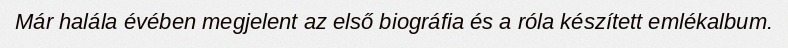
Már halála évében megjelent az első biográfia és a róla készített emlékalbum.